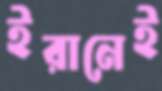
ইরানেই